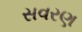
સવરણ